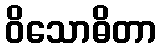
ဝိသောဓိတာ